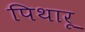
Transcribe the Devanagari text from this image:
पिथारू